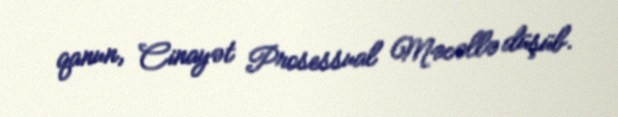
qanun, Cinayət Prosessual Məcəllə düşüb.